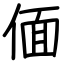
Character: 偭